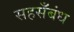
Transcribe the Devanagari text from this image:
सहसँबंध